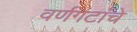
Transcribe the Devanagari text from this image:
वर्णगटांचे